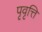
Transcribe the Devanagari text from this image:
पृवृत्ति